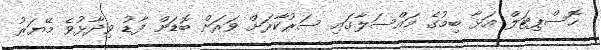
ހޮސްޕިޓަލް އަޅާ ބިމުގެ މައްސަލާގައި ސަރުކާރަށް ވަރަށް ބޮޑަށް ފާޑު ވިދާޅުވެ މޭޔަރު